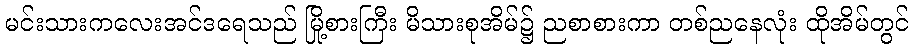
မင်းသားကလေးအင်ဒရေသည် မြို့စားကြီး မိသားစုအိမ်၌ ညစာစားကာ တစ်ညနေလုံး ထိုအိမ်တွင်